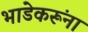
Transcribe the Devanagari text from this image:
भाडेकरूंना